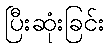
ပြီးဆုံးခြင်း